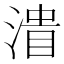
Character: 𰜪